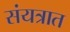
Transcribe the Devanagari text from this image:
संयत्रात